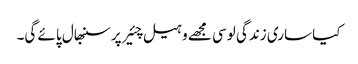
کیا ساری زندگی لوسی مجھے وہیل چئیر پر سنبھال پائے گی۔